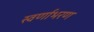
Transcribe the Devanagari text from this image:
स्वर्णाभरण